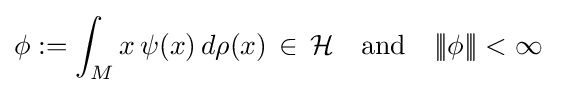
\phi :=\int _{M}x\,\psi (x)\,d\rho (x){\,}\in {\,}{\mathcal {H}}\quad {\text{and}}\quad {|\!|\!|}\phi {|\!|\!|}<\infty {\,}